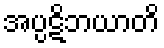
အပ္ပဋိဘယာတိ